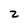
Character: 2